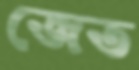
জেত